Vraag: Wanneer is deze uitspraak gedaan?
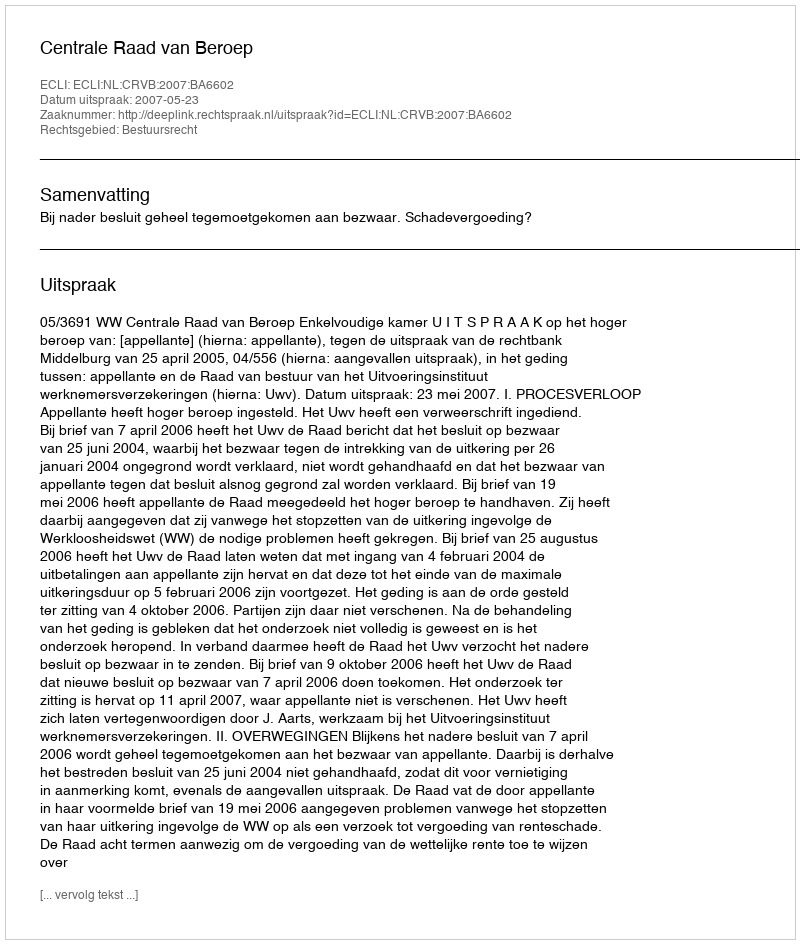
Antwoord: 2007-05-23